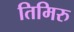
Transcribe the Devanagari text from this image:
तिमिरु